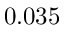
0 . 0 3 5